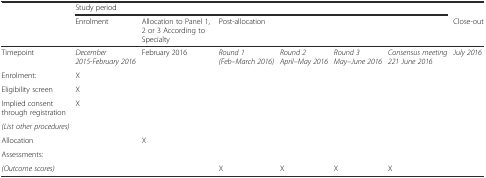
|  | <COLSPAN=6> Study period |  |
 |  | Enrolment | Allocation to Panel 1, 2 or 3 According to Specialty | <COLSPAN=4> Post-allocation | Close-out |
 | --- | --- | --- | --- | --- | --- | --- | --- |
 | Timepoint | December 2015-February 2016 | February 2016 | Round 1 (Feb–March 2016) | Round 2 April–May 2016 | Round 3 May–June 2016 | Consensus meeting 221 June 2016 | July 2016 |
 | Enrolment: | X |  |  |  |  |  |  |
 | Eligibility screen | X |  |  |  |  |  |  |
 | Implied consent through registration | X |  |  |  |  |  |  |
 | (List other procedures) |  |  |  |  |  |  |  |
 | Allocation |  | X |  |  |  |  |  |
 | Assessments: |  |  |  |  |  |  |  |
 | (Outcome scores) |  |  | X | X | X | X |  |